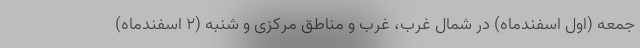
جمعه (اول اسفندماه) در شمال غرب، غرب و مناطق مرکزی و شنبه (۲ اسفندماه)